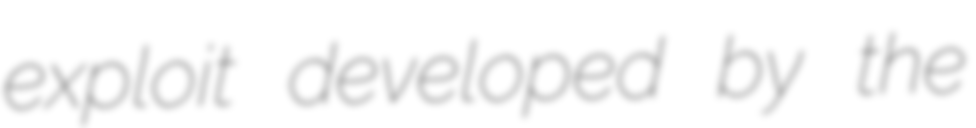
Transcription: exploit developed by the